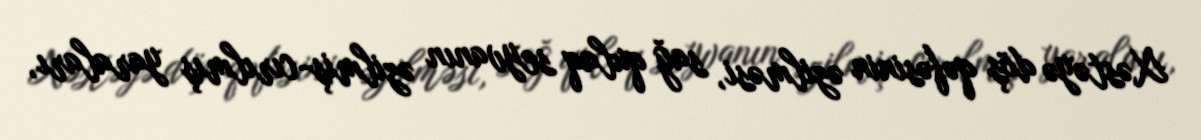
Xəstəyə döş qəfəsinin əzilməsi, sağ qulaq seyvanın əzilmiş-cırılmış yaraları,